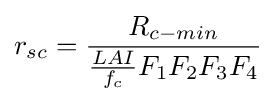
r_{sc}={\frac {R_{c-min}}{{\frac {LAI}{f_{c}}}F_{1}F_{2}F_{3}F_{4}}}